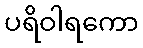
ပရိဝါရကော